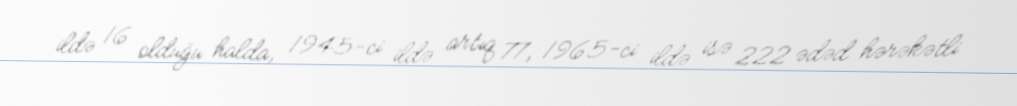
ildə 16 olduğu halda, 1945-ci ildə artıq 77, 1965-ci ildə isə 222 ədəd hərəkətli